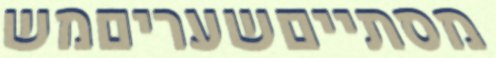
מסתייםשעריםמש